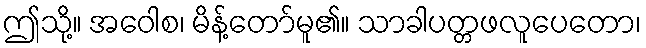
ဤသို့။ အဝေါစ၊ မိန့်တော်မူ၏။ သာခါပတ္တဖလူပေတော၊